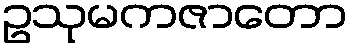
ဥသုမကဇာတော